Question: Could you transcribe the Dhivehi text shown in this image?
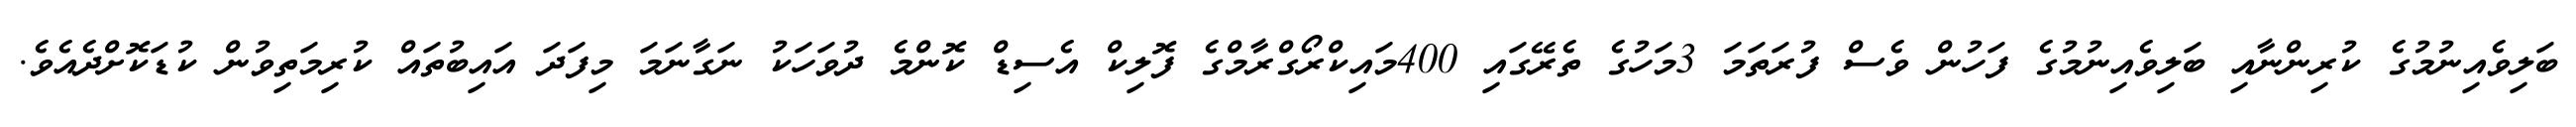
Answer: ބަލިވެއިނުމުގެ ކުރިންނާއި ބަލިވެއިނުމުގެ ފަހުން ވެސް ފުރަތަމަ 3މަހުގެ ތެރޭގައި 400މައިކްރޯގްރާމްގެ ފޮލިކް އެސިޑް ކޮންމެ ދުވަހަކު ނަގާނަމަ މިފަދަ އައިބުތައް ކުރިމަތިވުން ކުޑަކޮށްދެއެވެ.